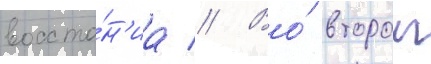
восста́н'иа // Во́ второи